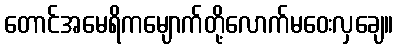
တောင်အမေရိကမျောက်တို့လောက်မဝေးလှချေ။